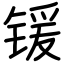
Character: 锾